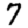
Digit: 7